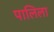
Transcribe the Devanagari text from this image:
पालिला